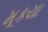
મૂકયા